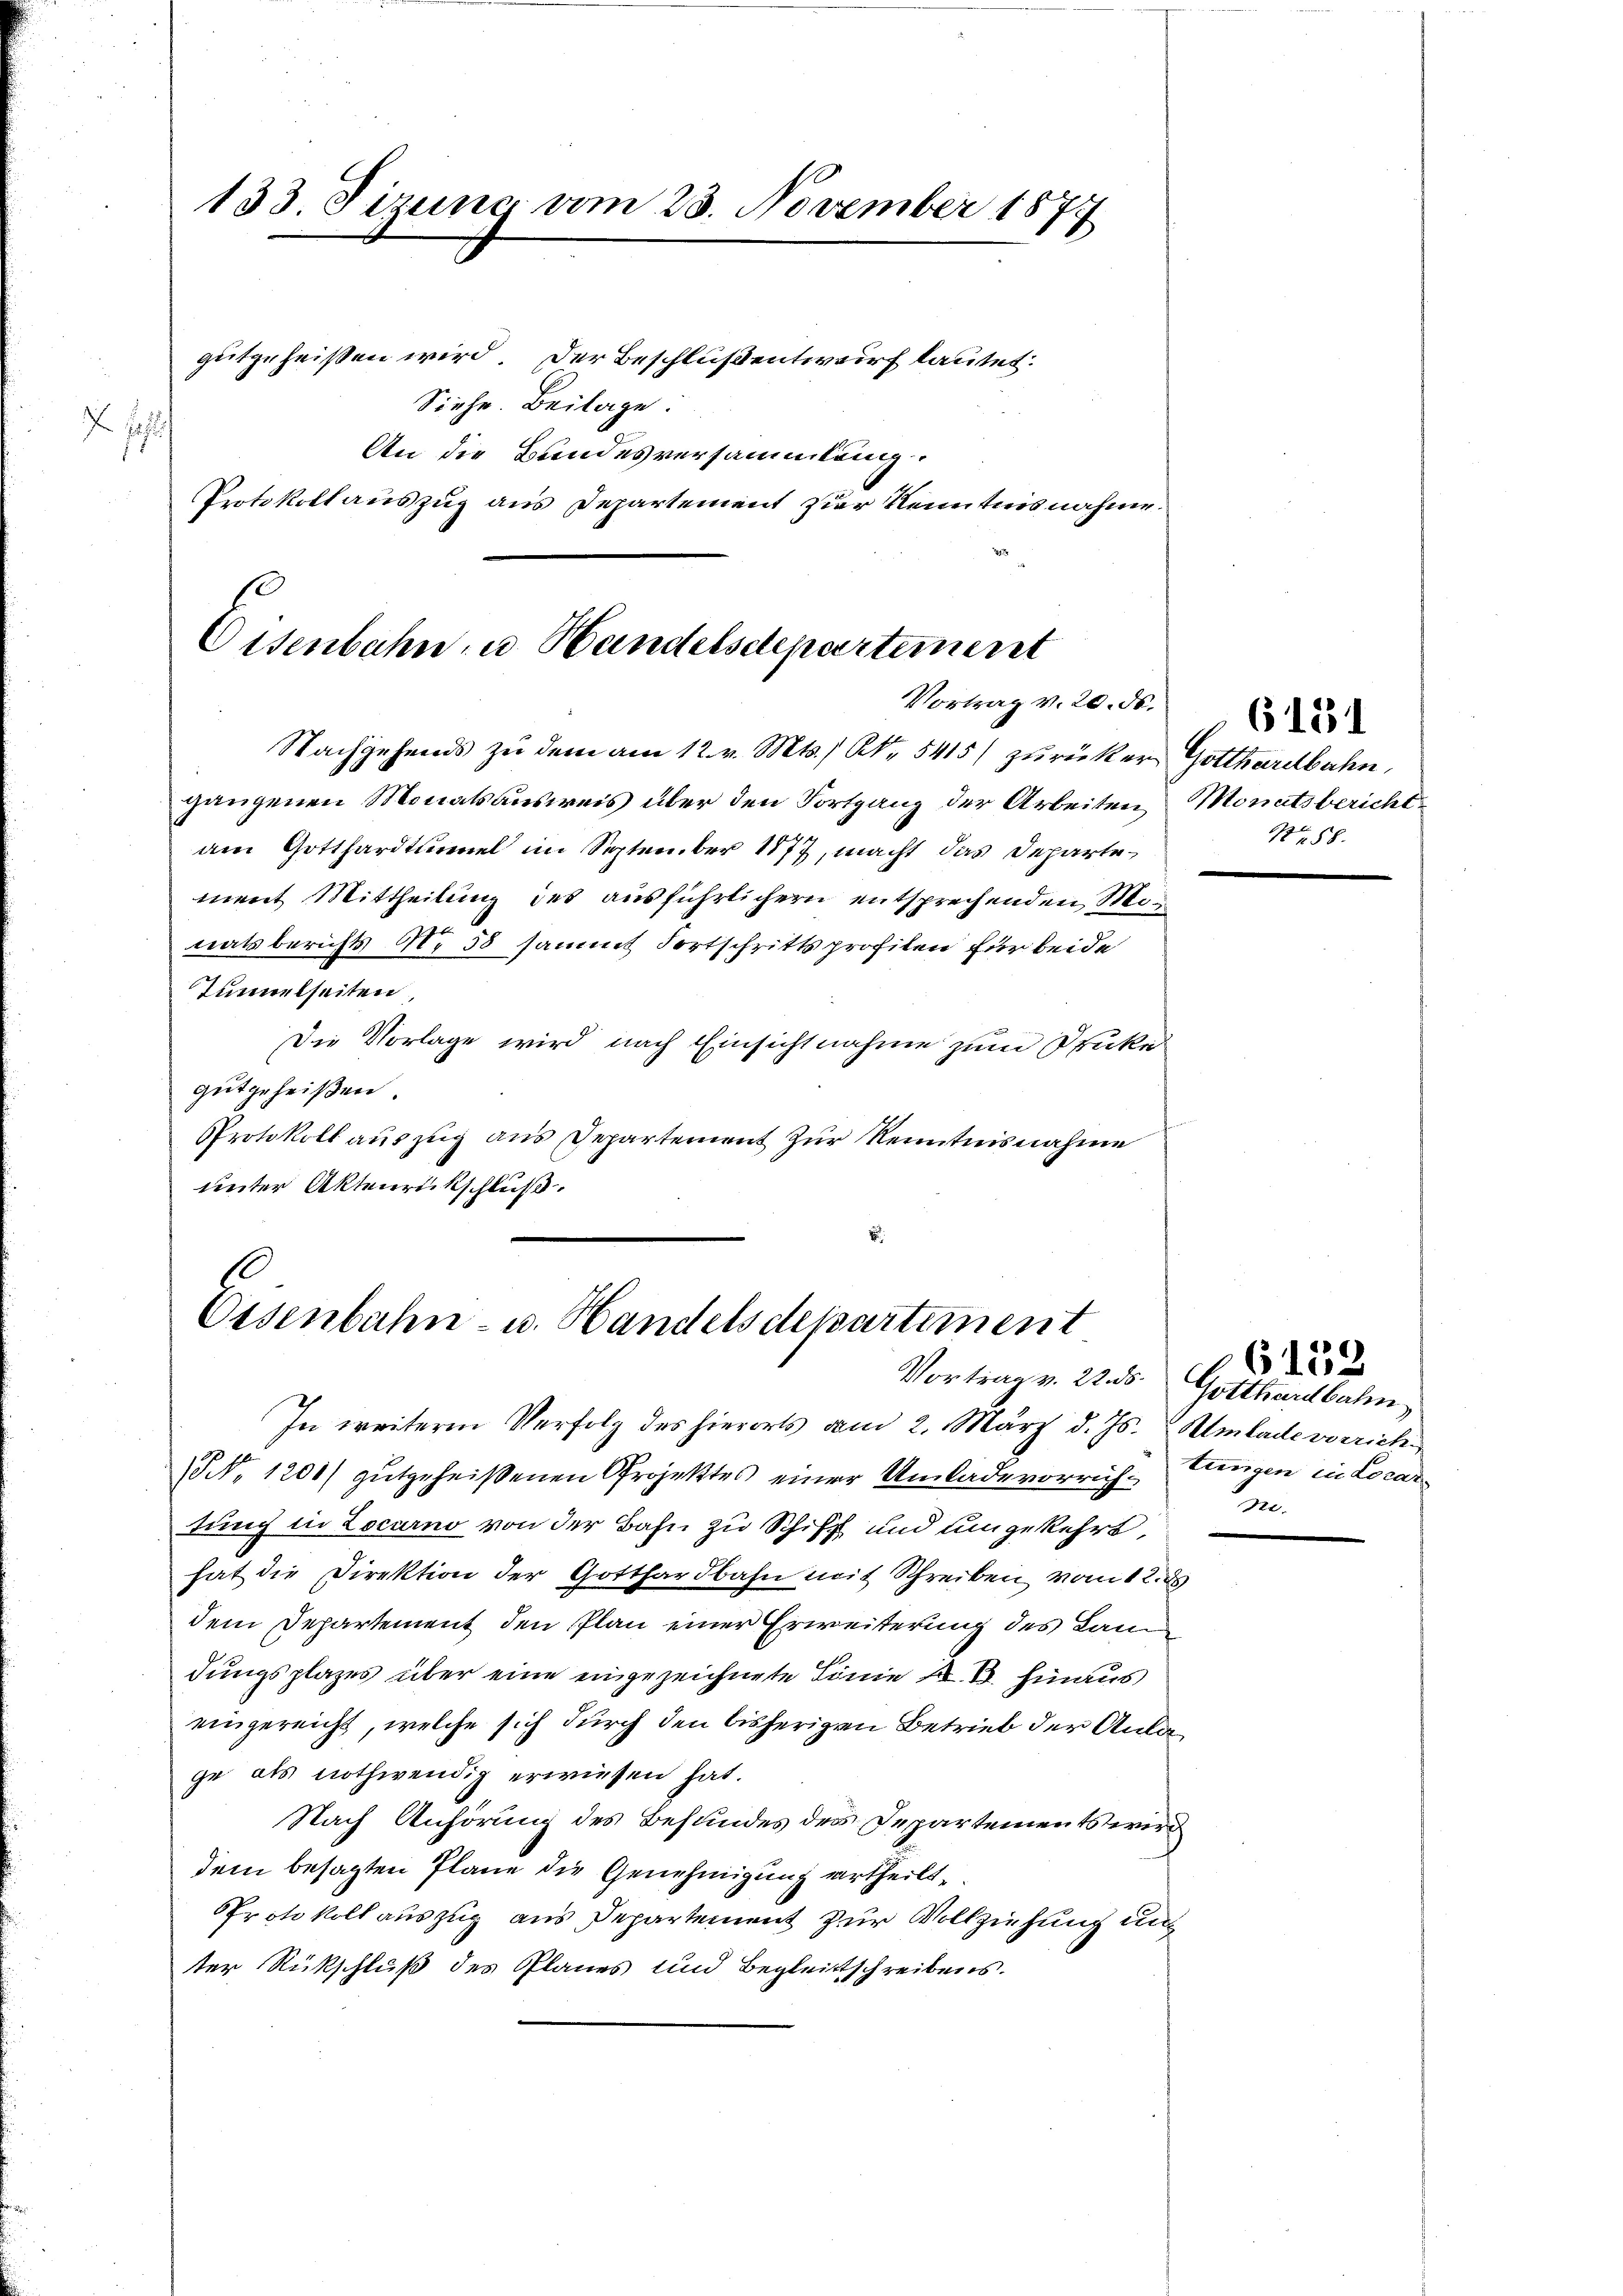
Jelis

gutgeheißen wird. Der Beschluß entwurf lautet:
Siehe. Beilage:
An die Bundesversammlung.
Protokoll auszug aus Departement zur Kenntnisnahme.

133. Sizung vom 23. November 1877

Eisenbahn, u. Handelsdepartement
Vortrag v. 20. Nr. 2

Nachgehends zu dem am 12. v. Mts., Nr. 5415/ zurücker Gotthardbahn,
gangenen Monatsausweis über den Fortgang der Arbeiten Monatsbericht
am Gotthardtmuel im September 1877, macht das Departement Mittheilung des ausführlichern entsprechenden Miteatsberichts Nr 58 sammt Fortschrittsprofilen für beide
Tunnelseiten
Die Vorlage wird nach Einsichtnahme zum Drucke
gutgeheißen.
Protokoll auszug aus Departement zur Kenntnisnahme
unter Aktenrückschluß.

Osenbahn- u. Handelsdepartiment
Vortrag v. 22. ds. Gotthardbahn

No 88.

In weitere Verfolg des hierorts vom 2. März d. Js. Amlade vorrich¬
NNo. 1200) gutgeheißenen Projektes einer Umlade vorrichtungen in Locarn
tung in Locarno von der Bahn zu Schiff und umgekehrt,
hat die Direktion der Gotthardbahn mit Schreiben vom 12. ds
dem Departement den Plan einer Erweiterung des Landungsplazes über eine eingezeichnete Linie K. B. hinaus
eingereicht, welche sich durch den bisherigen Betrieb der Anlage als nothwendig erwiesen hat.
Nach Anhörung des Befundes des Departements wird
dem besagten Plane die Genehmigung ertheilt,
PProtokoll auszug aus Departement zur Vollziehung und
ter Rückschluß des Planes und Begleitschreibens.

.

6158